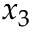
x _ { 3 }